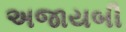
અજાયબી